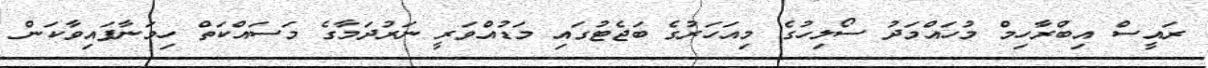
ރައީސް އިބްރާހިމް މުހައްމަދު ސޯލިހުގެ މިއަހަރުގެ ބަޖެޓުގައި މަޑުއްވަރީ ނަރުދަމާގެ މަސައްކަތް ހިމަނާފައިވާކަން